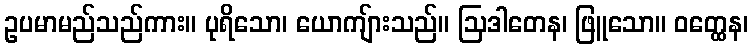
ဥပမာမည်သည်ကား။ ပုရိသော၊ ယောကျ်ားသည်။ ဩဒါတေန၊ ဖြူသော။ ဝတ္ထေန၊